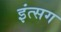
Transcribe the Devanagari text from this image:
इंत्सग